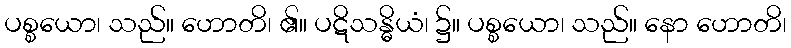
ပစ္စယော၊ သည်။ ဟောတိ၊ ၏။ ပဋိသန္ဓိယံ၊ ၌။ ပစ္စယော၊ သည်။ နော ဟောတိ၊